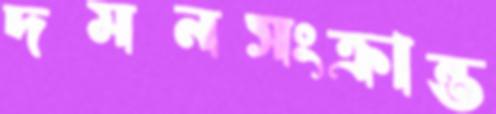
দমনসংক্রান্ত